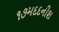
૧૭મદદનીશ